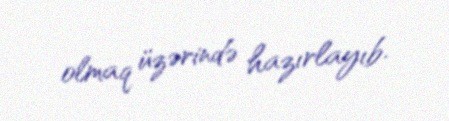
olmaq üzərində hazırlayıb.